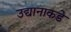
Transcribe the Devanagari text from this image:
उद्यानाकडे